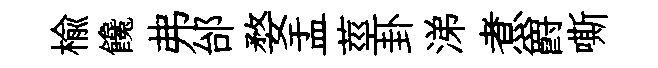
榆饞弗邰婺盂莖卦涕煮爵嘶